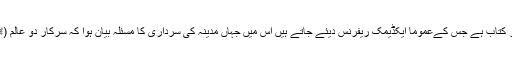
اُردو زبان میں سیرت کی ایک مشہور کتاب ہے جس کےعموماً ایکڈیمک ریفرنس دیئے جاتے ہیں اس میں جہاں مدینہ کی سرداری کا مسئلہ بیان ہوا کہ سرکار دو عالم (ﷺ) کو مدینہ کا سردار کیوں بنایا گیا؟